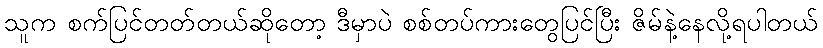
သူက စက်ပြင်တတ်တယ်ဆိုတော့ ဒီမှာပဲ စစ်တပ်ကားတွေပြင်ပြီး ဇိမ်နဲ့နေလို့ရပါတယ်